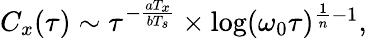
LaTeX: \begin{array}{r}{C_{x}(\tau)\sim\tau^{-\frac{aT_{x}}{bT_{s}}}\times\log(\omega_{0}\tau)^{\frac{1}{n}-1},}\end{array}